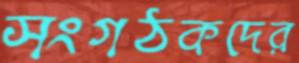
সংগঠকদের